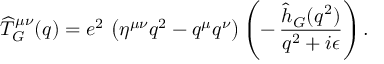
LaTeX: { \widehat T _ { G } } ^ { \mu \nu } ( q ) = e ^ { 2 } \, \left( \eta ^ { \mu \nu } q ^ { 2 } - q ^ { \mu } q ^ { \nu } \right) \left( - \, { \frac { \hat { h } _ { G } ( q ^ { 2 } ) } { q ^ { 2 } + i \epsilon } } \right) .